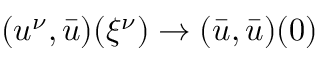
( u ^ { \nu } , \bar { u } ) ( { \xi ^ { \nu } } ) \to ( \bar { u } , \bar { u } ) ( 0 )